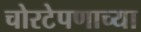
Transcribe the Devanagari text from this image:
चोरटेपणाच्या